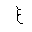
Letter: _gayn